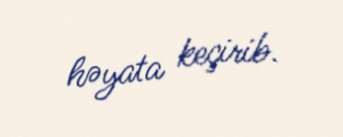
həyata keçirib.